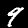
Digit: 9